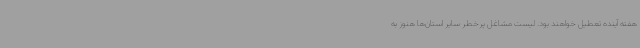
هفته آینده تعطیل خواهند بود. لیست مشاغل پرخطر سایر استان‌ها هنوز به